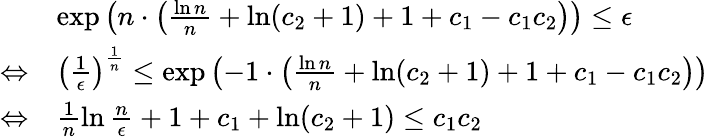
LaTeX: \begin{array}{rl}&{\exp\left(n\cdot\left(\frac{\ln n}{n}+\ln(c_{2}+1)+1+c_{1}-c_{1}c_{2}\right)\right)\leq\epsilon}\\ {\Leftrightarrow}&{\left(\frac{1}{\epsilon}\right)^{\frac{1}{n}}\leq\exp\left(-1\cdot\left(\frac{\ln n}{n}+\ln(c_{2}+1)+1+c_{1}-c_{1}c_{2}\right)\right)}\\ {\Leftrightarrow}&{\frac{1}{n}\ln\frac{n}{\epsilon}+1+c_{1}+\ln(c_{2}+1)\leq c_{1}c_{2}}\end{array}